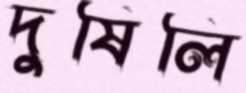
দুষিলি